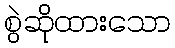
စွဲဆိုထားသော